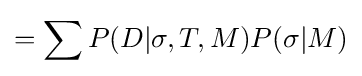
=\sum P(D|\sigma ,T,M)P(\sigma |M)